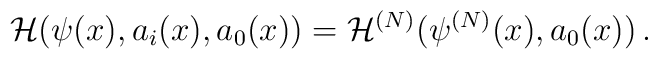
{\cal H}(\psi(x), a_i(x), a_0(x))= {\cal H}^{(N)}(\psi^{(N)}(x), a_0(x))\,.